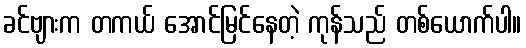
ခင်ဗျားက တကယ် အောင်မြင်နေတဲ့ ကုန်သည် တစ်ယောက်ပါ။